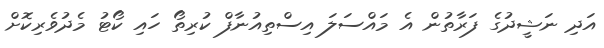
އަދި ނަޝީދުގެ ފަރާތުން އެ މައްސަލަ އިސްތިއުނާފް ކުރިތޯ ހައި ކޯޓު މެދުވެރިކޮށް